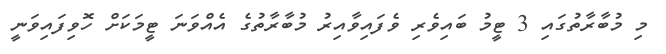
މި މުބާރާތުގައި 3 ޓީމު ބައިވެރި ވެފަައިވާއިރު މުބާރާތުގެ އެއްވަނަ ޓީމަކަށް ހޮވިފައިވަނީ